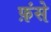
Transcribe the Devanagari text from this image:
फ़ंसे